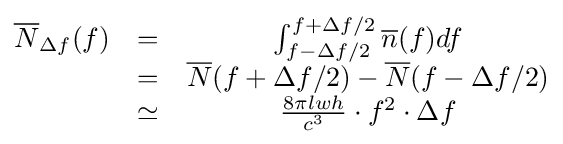
{\begin{matrix}{\overline {N}}_{\Delta f}(f)&=&\int _{f-\Delta f/2}^{f+\Delta f/2}{\overline {n}}(f)df\\\ &=&{\overline {N}}(f+\Delta f/2)-{\overline {N}}(f-\Delta f/2)\\\ &\simeq &{\frac {8\pi lwh}{c^{3}}}\cdot f^{2}\cdot \Delta f\end{matrix}}